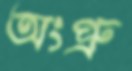
অংপ্রু